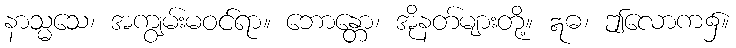
နာသ္မသေ၊ အကျွမ်းမဝင်ရာ။ ဘောန္တော၊ အိုနတ်များတို့။ ဣဓ၊ ဤလောက၌။